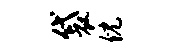
袋倪